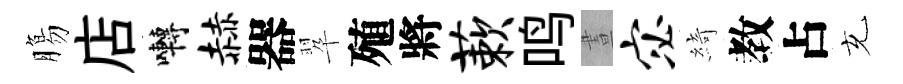
膓店囀赫器翆殖將蔌鸣晝宓綺教占充